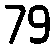
79